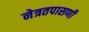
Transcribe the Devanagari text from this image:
नेत्रतपासणी